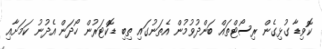
ކޮވިޑާ ގުޅިގެން ރިސޯޓްތައް ބަންދުވުމުން އެތަނުގައި ތިބި ޑޮކްޓަރުން ހޯދަން އެދުނު ކަމަށާއި